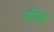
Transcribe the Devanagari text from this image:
ग्रींस